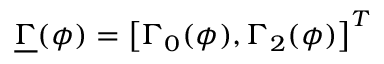
\underline { { \Gamma } } ( \phi ) = \left[ \Gamma _ { 0 } ( \phi ) , \Gamma _ { 2 } ( \phi ) \right] ^ { T }